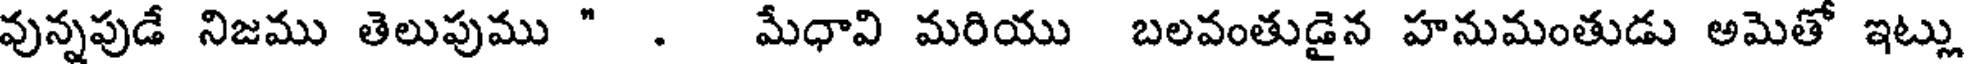
వున్నపుడే నిజము తెలుపుము " . మేధావి మరియు బలవంతుడైన హనుమంతుడు అమెతో ఇట్ను